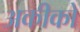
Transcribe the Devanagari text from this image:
अकीको